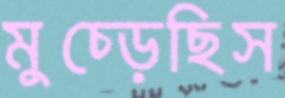
মুচ্‌ড়েছিস